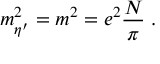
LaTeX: m _ { \eta ^ { \prime } } ^ { 2 } = m ^ { 2 } = e ^ { 2 } \frac { N } { \pi } \; .